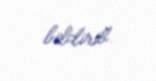
bildirib.